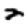
Digit: 2